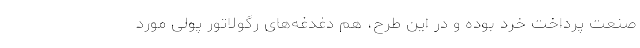
صنعت پرداخت خرد بوده و در این طرح، هم دغدغه‌های رگولاتور پولی مورد